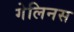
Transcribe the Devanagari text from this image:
गेलिनस